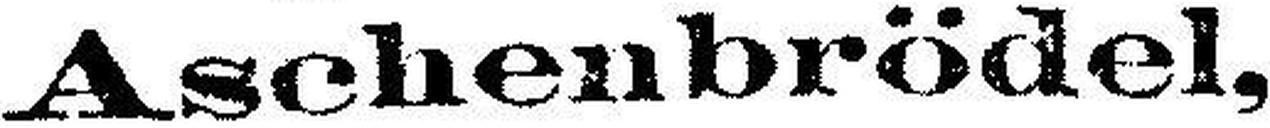
Aschenbrödel,